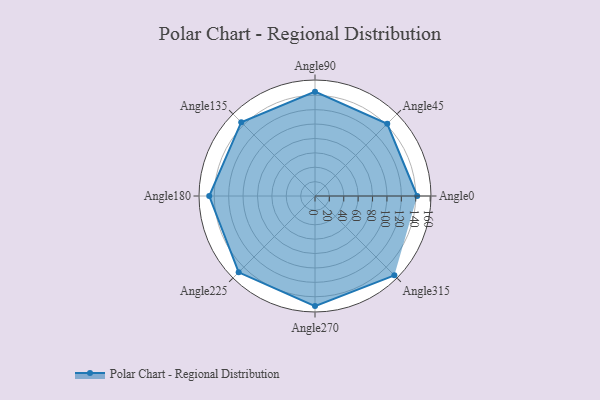
{"axis": {"x": "Angle", "y": "Radius"}, "legend": [""], "data": [{"x": "Angle0", "y": 142.0, "type": ""}, {"x": "Angle45", "y": 142.0, "type": ""}, {"x": "Angle90", "y": 145.0, "type": ""}, {"x": "Angle135", "y": 145.0, "type": ""}, {"x": "Angle180", "y": 147.0, "type": ""}, {"x": "Angle225", "y": 150.0, "type": ""}, {"x": "Angle270", "y": 153.0, "type": ""}, {"x": "Angle315", "y": 156.0, "type": ""}]}